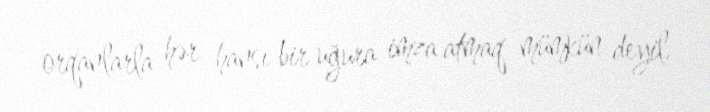
orqanlarla hər hansı bir uğura imza atmaq mümkün deyil.